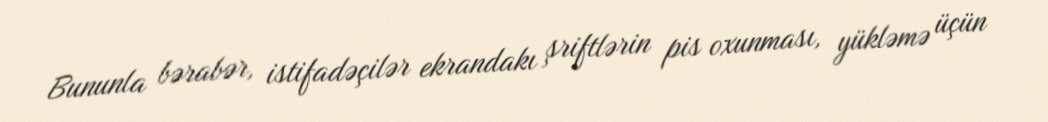
Bununla bərabər, istifadəçilər ekrandakı şriftlərin pis oxunması, yükləmə üçün